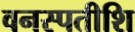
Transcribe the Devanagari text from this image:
वनस्पतीशि